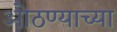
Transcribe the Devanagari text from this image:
ओठण्याच्या